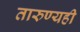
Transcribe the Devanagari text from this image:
तारुण्यही